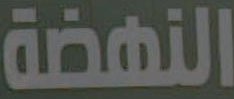
النهضة